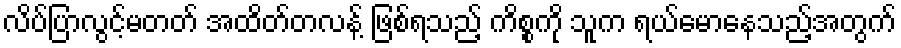
လိပ်ပြာလွင့်မတတ် အထိတ်တလန့် ဖြစ်ရသည့် ကိစ္စကို သူက ရယ်မောနေသည့်အတွက်